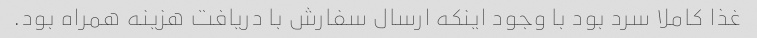
غذا کاملا سرد بود با وجود اینکه ارسال سفارش با دریافت هزینه همراه بود.